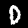
Label: 0